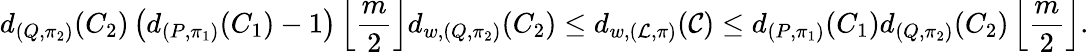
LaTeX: d_{(Q,\pi_{2})}(C_{2})\left(d_{(P,\pi_{1})}(C_{1})-1\right)\left\lfloor\frac{m}{2}\right\rfloor d_{w,(Q,\pi_{2})}(C_{2})\leq d_{w,(\mathcal{L},\pi)}(\mathcal{C})\leq d_{(P,\pi_{1})}(C_{1})d_{(Q,\pi_{2})}(C_{2})\left\lfloor\frac{m}{2}\right\rfloor.